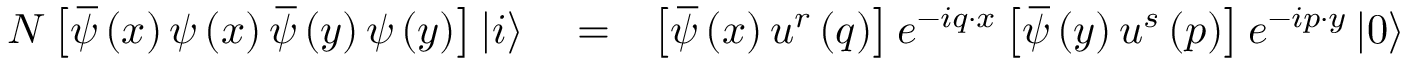
\begin{array} { r l r } { N \left[ \, \overline { { \! { \psi } } } \left( x \right) \psi \left( x \right) \, \overline { { \! { \psi } } } \left( y \right) \psi \left( y \right) \right] \left\vert i \right\rangle } & { { } = } & { \left[ \, \overline { { \! { \psi } } } \left( x \right) u ^ { r } \left( q \right) \right] e ^ { - i q \cdot x } \left[ \, \overline { { \! { \psi } } } \left( y \right) u ^ { s } \left( p \right) \right] e ^ { - i p \cdot y } \left\vert 0 \right\rangle } \end{array}